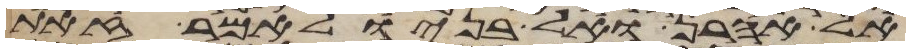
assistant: אל אהרן ואל בניו לאמר זאת